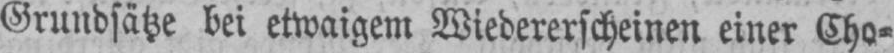
Grundsätze bei etwaigem Wiedererscheinen einer Cho⸗